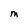
Character: M